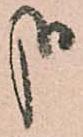
哉